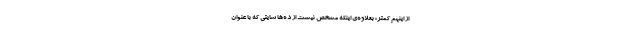
از اینهم کمتر؛ بعلاوه‌ی اینکه مشخص نیست از ده‌ها سایتی که با عنوان